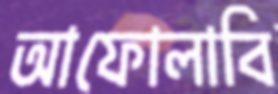
আফোলাবি